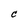
Character: C